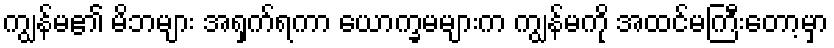
ကျွန်မ၏ မိဘများ အရှက်ရကာ ယောက္ခမများက ကျွန်မကို အထင်မကြီးတော့မှာ